Civil Veterinary Dept. North-West Frontier Province 1901-22 - 1901-1922
Year: 1901
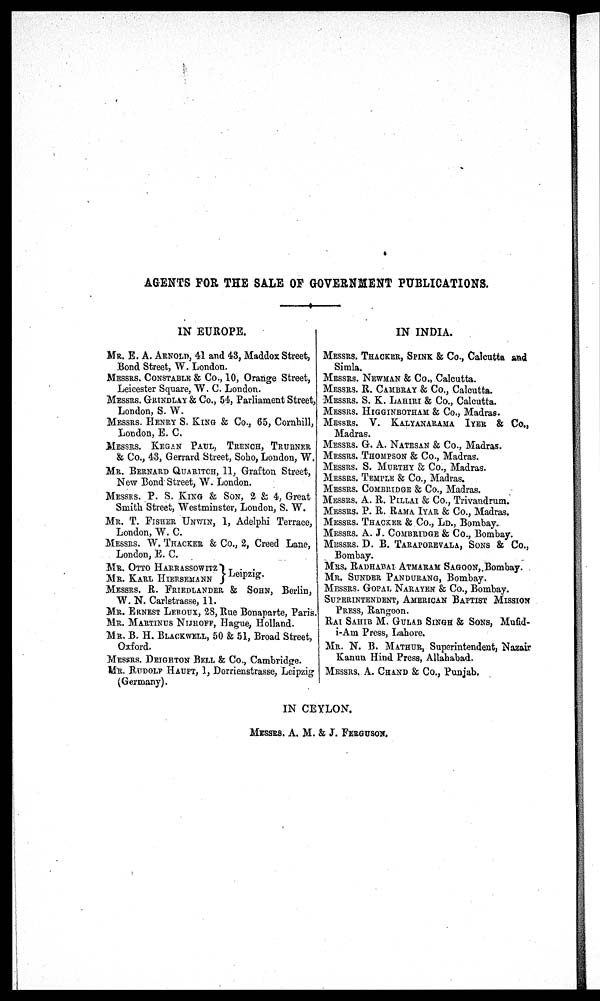
AGENTS FOR THE SALE OF GOVERNMENT PUBLICATIONS.
IN EUROPE.
MR. E. A. ARNOLD, 41 and 43, Maddox Street,
Bond Street, W. London.
MESSRS. CONSTABLE & Co., 10, Orange Street,
Leicester Square, W. C. London.
MESSRS. GRINDLAY& Co., 54, Parliament Street,
London, S. W.
MESSRS. HENRY S. KING & Co., 65, Cornhill,
London, E. C.
MESSRS. KEGAN PAUL, TRENCH, TRUBNER
& Co., 43, Gerrard Street, Soho, London, W.
MR. BERNARD QUARITCH, 11, Grafton Street,
New Bond Street, W. London.
MESSRS. P. S. KING & SON, 2 & 4, Great
Smith Street, Westminster, London, S. W.
MR. T. FISHER UNWIN, 1, Adelphi Terrace,
London, W. C.
MESSRS. W. TRACKER & Co., 2, Creed Lane,
London, E. C.
MR. OTTO HARRASSOWITZ
MR. KARL HIERSEMANN
}Leipzig.
MESSRS. R. FRIEDLANDER & SOHN, Berlin,
W. N. Carlstrasse, 11.
MR. ERNEST LEROUX, 28, Rue Bonaparte, Paris
MR. MARTINUS NIJHOFF, Hague, Holland.
MR. B. H. BLACKWELL, 50 & 51, Broad Street,
Oxford.
MESSRS. BRIGHTON BELL & Co., Cambridge.
MR. RUDOLF HAUPT, 1, Dorrienstrasse, Leipzig
(Germany).
IN INDIA.
MESSRS. THACKER, SPINK & Co., Calcutta and
Simla.
MESSRS. NEWMAN & Co., Calcutta.
MESSRS. R. CAMBRAY & Co., Calcutta.
MESSRS. S. K. LAEIRI & Co., Calcutta.
MESSRS. HIGGINBOTHAM & Co., Madras.
MESSRS. V. KALYANARAMA IYER & Co.,
Madras.
MESSRS. G. A. NATESAN & Co., Madras.
MESSRS. THOMPSON & Co., Madras.
MESSRS. S. MURTHY & Co., Madras.
MESSRS. TEMPLE & Co., Madras.
MESSRS. COMBRIDGE & Co., Madras.
MESSRS. A. R. PILLAI & Co., Trivandrum.
MESSRS. P. R. RAMA IYAR & Co., Madras.
MESSRS. THACKER & Co., LD., Bombay.
MESSRS. A. J. COMBRIUGE & Co., Bombay.
MESSRS. D. B. TARAPOREVALA, SONS & Co.,
Bombay.
MRS. RADHABAI ATMARAM SAGOON, Bombay.
MR. SUNDER PANDURANG, Bombay.
MESSRS. GOPAL NARAYEN & Co., Bombay.
SUPERINTENDENT, AMERICAN BAPTIST MISSION
PRESS, Rangoon.
RAI SAHIB M. GULAB SINGH & SONS, Mufid-
i-Am Press, Lahore.
MR. N. B. MATHUR, Superintendent, Nazair
Kanun Hind Press, Allahabad.
MESSRS. A. CHAND & Co., Punjab.
IN CEYLON.
MESSRS. A. M. & J. FERGUSON.